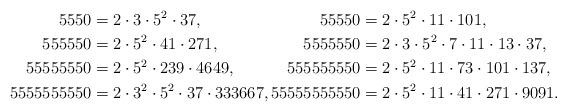
LaTeX: \begin{align*}5550&=2\cdot3\cdot5^2\cdot37, & 55550&=2\cdot5^2\cdot11\cdot101,\\555550&=2\cdot5^2\cdot41\cdot271, & 5555550&=2\cdot3\cdot5^2\cdot7\cdot11\cdot13\cdot37,\\55555550&=2\cdot5^2\cdot239\cdot4649, & 555555550&=2\cdot5^2\cdot11\cdot73\cdot101\cdot137,\\5555555550&=2\cdot3^2\cdot5^2\cdot37\cdot333667, & \!\!\!\!55555555550&=2\cdot5^2\cdot11\cdot41\cdot271\cdot9091.\end{align*}